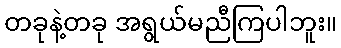
တခုနဲ့တခု အရွယ်မညီကြပါဘူး။